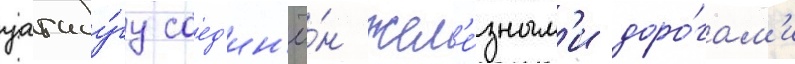
уагаду́гу соед'ин'ё́н жел'е́зным'и доро́гам'и